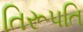
તિરૂપતિ